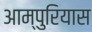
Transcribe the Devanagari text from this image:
आम्पुरियास